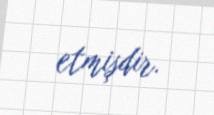
etmişdir.